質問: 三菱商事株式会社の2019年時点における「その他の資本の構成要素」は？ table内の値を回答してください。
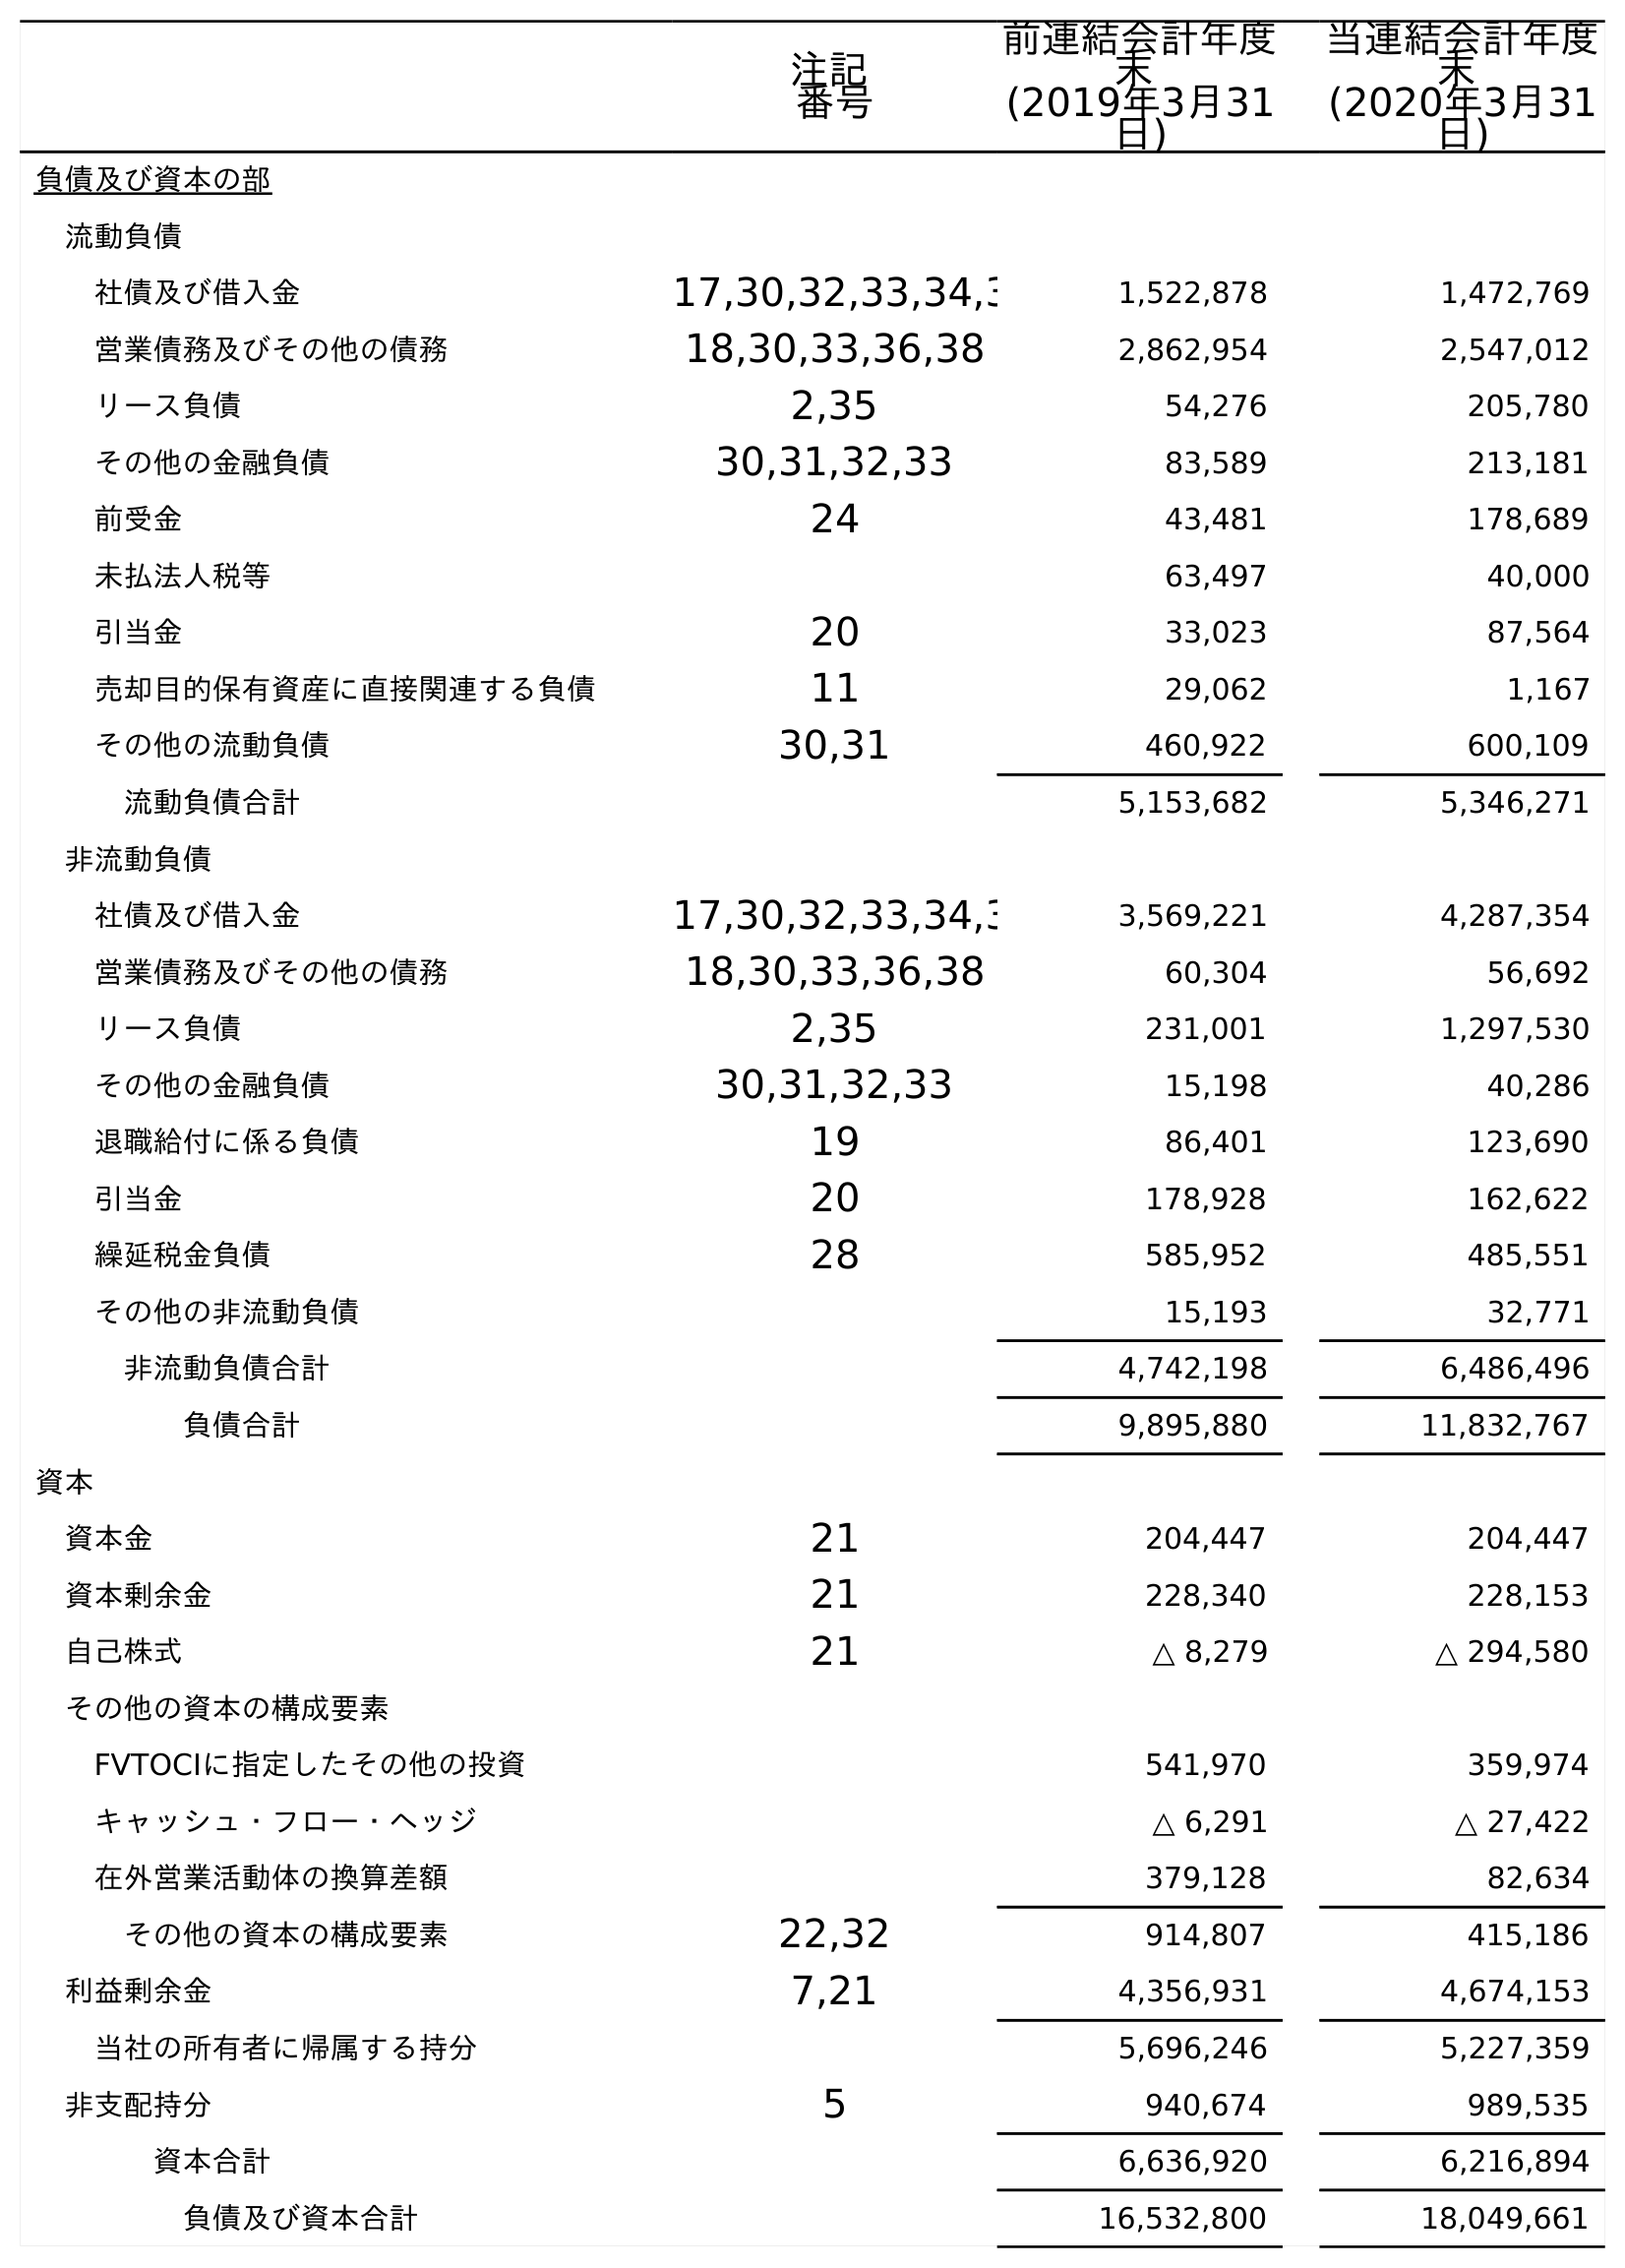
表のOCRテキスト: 注記 番号 前連結会計年度 末 (2019年3月31 日) 当連結会計年度 末 (2020年3月31 日) 負債及び資本の部 流動負債 社債及び借入金 17,30,32,33,34,3 1,522,878 1,472,769 営業債務及びその他の債務 18,30,33,36,38 2,862,954 2,547,012 リース負債 2,35 54,276 205,780 その他の金融負債 30,31,32,33 83,589 213,181 前受金 24 43,481 178,689 未払法人税等 63,497 40,000 引当金 20 33,023 87,564 売却目的保有資産に直接関連する負債 11 29,062 1,167 その他の流動負債 30,31 460,922 600,109 流動負債合計 5,153,682 5,346,271 非流動負債 社債及び借入金 17,30,32,33,34,3 3,569,221 4,287,354 営業債務及びその他の債務 18,30,33,36,38 60,304 56,692 リース負債 2,35 231,001 1,297,530 その他の金融負債 30,31,32,33 15,198 40,286 退職給付に係る負債 19 86,401 123,690 引当金 20 178,928 162,622 繰延税金負債 28 585,952 485,551 その他の非流動負債 15,193 32,771 非流動負債合計 4,742,198 6,486,496 負債合計 9,895,880 11,832,767 資本 資本金 21 204,447 204,447 資本剰余金 21 228,340 228,153 自己株式 21 △ 8,279 △ 294,580 その他の資本の構成要素 FVTOCIに指定したその他の投資 541,970 359,974 キャッシュ・フロー・ヘッジ △ 6,291 △ 27,422 在外営業活動体の換算差額 379,128 82,634 その他の資本の構成要素 22,32 914,807 415,186 利益剰余金 7,21 4,356,931 4,674,153 当社の所有者に帰属する持分 5,696,246 5,227,359 非支配持分 5 940,674 989,535 資本合計 6,636,920 6,216,894 負債及び資本合計 16,532,800 18,049,661
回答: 914,807